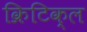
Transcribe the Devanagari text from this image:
क्रिटिक्ल